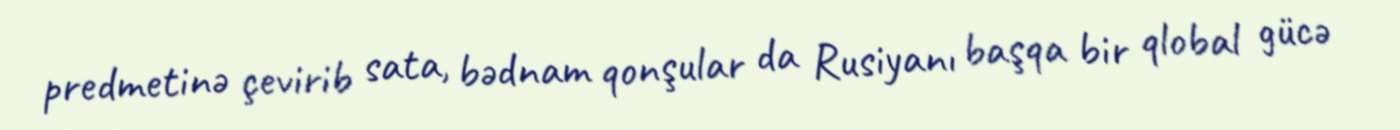
predmetinə çevirib sata, bədnam qonşular da Rusiyanı başqa bir qlobal gücə